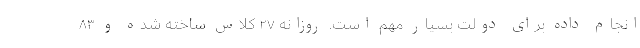
انجام داده برای دولت بسیار مهم است. روزانه ٢٧ کلاس ساخته شده و ٨٣